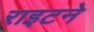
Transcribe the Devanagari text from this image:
राइटने